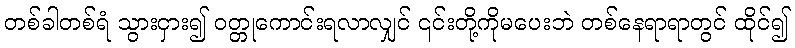
တစ်ခါတစ်ရံ သွားငှား၍ ဝတ္တုကောင်းရလာလျှင် ၎င်းတို့ကိုမပေးဘဲ တစ်နေရာရာတွင် ထိုင်၍